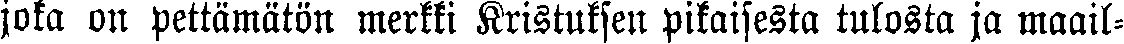
joka on pettämätön merkki Kristuksen pikaisesta tulosta ja maail-